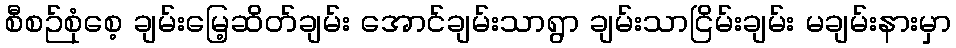
စီစဉ်စုံစေ့ ချမ်းမြေ့ဆိတ်ချမ်း အောင်ချမ်းသာရွာ ချမ်းသာငြိမ်းချမ်း မချမ်းနားမှာ